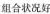
组合状况好